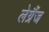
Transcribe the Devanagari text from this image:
लेग्रैंज